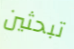
تبحثين